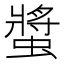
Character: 螿